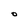
Character: O